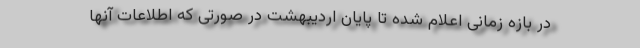
در بازه زمانی اعلام شده تا پایان اردیبهشت در صورتی که اطلاعات آنها